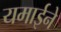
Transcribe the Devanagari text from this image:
यमाईने